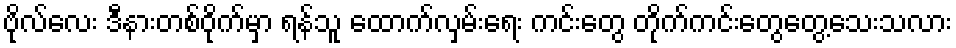
ဗိုလ်လေး ဒီနားတစ်ဝိုက်မှာ ရန်သူ ထောက်လှမ်းရေး ကင်းတွေ တိုက်ကင်းတွေတွေ့သေးသလား